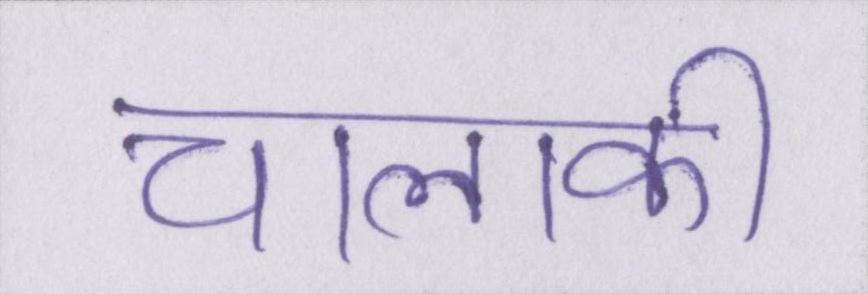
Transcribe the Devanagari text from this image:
चालाकी